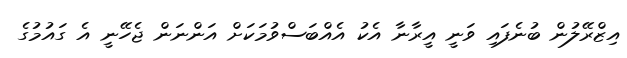
އިޒްރޭލުން ބުނެފައި ވަނީ އީރާނާ އެކު އެއްބަސްވުމަކަށް އަންނަން ޖެހޭނީ އެ ގައުމުގެ